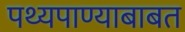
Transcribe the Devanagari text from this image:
पथ्यपाण्याबाबत